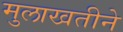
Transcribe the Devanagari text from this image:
मुलाखतीने